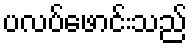
ပလပ်ဖောင်းသည်